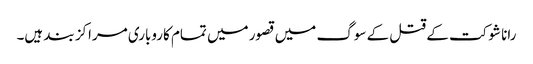
رانا شوکت کے قتل کے سوگ میں قصور میں تمام کاروباری مراکز بند ہیں۔